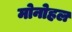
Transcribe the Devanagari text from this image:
मोनोहल